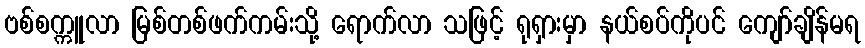
ဗစ်စက္ကူလာ မြစ်တစ်ဖက်ကမ်းသို့ ရောက်လာ သဖြင့် ရုရှားမှာ နယ်စပ်ကိုပင် ကျော်ချိန်မရ